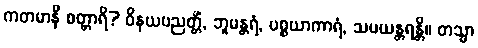
ကတမာနိ စတ္တာရိ? ဝိနယပညတ္တိံ, ဘူမန္တရံ, ပစ္စယာကာရံ, သမယန္တရန္တိ။ တသ္မာ